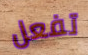
تفعل